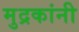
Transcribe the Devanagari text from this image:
मुद्रकांनी